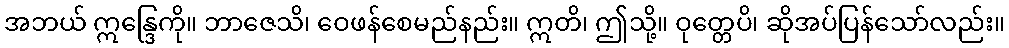
အဘယ် ဣန္ဒြေကို။ ဘာဇေသိ၊ ဝေဖန်စေမည်နည်း။ ဣတိ၊ ဤသို့။ ဝုတ္တေပိ၊ ဆိုအပ်ပြန်သော်လည်း။